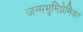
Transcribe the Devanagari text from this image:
जन्मभूमिप्रेमिका